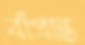
বাঁপ্রান্ত